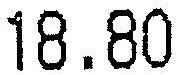
18.80